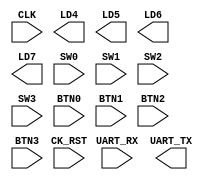
///////////////////////////////////////////////////////////////////////////////
//
// Copyright 2020 by Heqing Huang (feipenghhq@gamil.com)
//
// Project Name: Arty A7
// Module Name: Arty_TOP
//
//
// ================== Description ==================
//
//  Arty A7 FPGA board top level template.
//
///////////////////////////////////////////////////////////////////////////////

module Arty_TOP (

// clock and reset
input  CLK,         // PIN E3
input  CK_RST,      // PIN C2 (Pressed low)

// 4 LEDs
output LD4,         // PIN H5
output LD5,         // PIN J5
output LD6,         // PIN T9
output LD7,         // PIN T10

// 4 Switches
input  SW0,         // PIN A8
input  SW1,         // PIN C11
input  SW2,         // PIN C10
input  SW3,         // PIN A10

// 4 Buttons
input  BTN0,        // PIN D9
input  BTN1,        // PIN C9
input  BTN2,        // PIN B9
input  BTN3,        // PIN B8

// Uart
input  UART_RX,     // PIN A9
output UART_TX      // PIN D10

);





endmodule